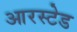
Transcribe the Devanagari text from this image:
आरस्टेड